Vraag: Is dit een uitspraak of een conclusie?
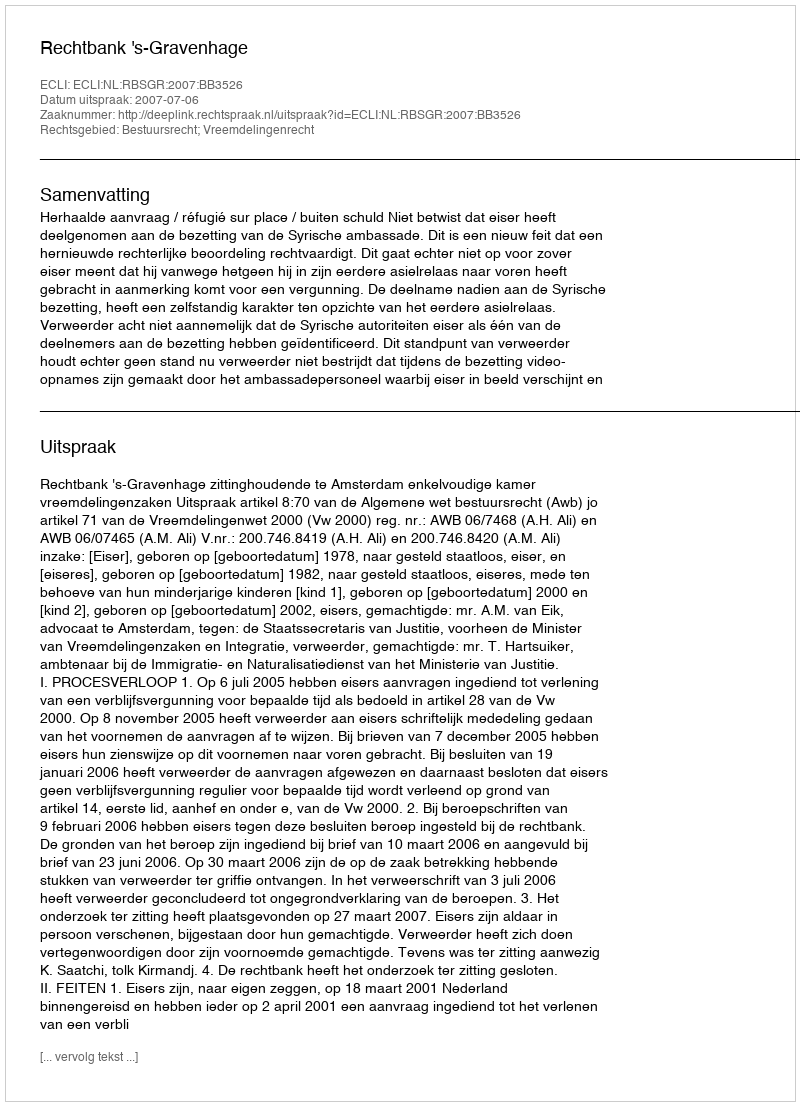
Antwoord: Uitspraak